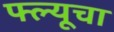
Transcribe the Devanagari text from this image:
फ्ल्यूचा